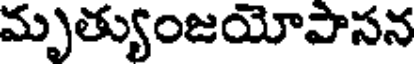
మృత్యుంజయోపాసన